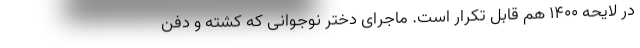
در لایحه ۱۴۰۰ هم قابل تکرار است. ماجرای دختر نوجوانی که کشته و دفن